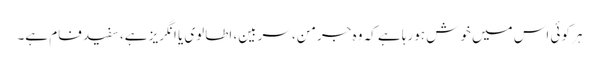
ہر کوئی اس میں خوش ہورہا ہے کہ وہ جرمن، سربین، اطالوی یا انگریز ہے، سفید فام ہے۔